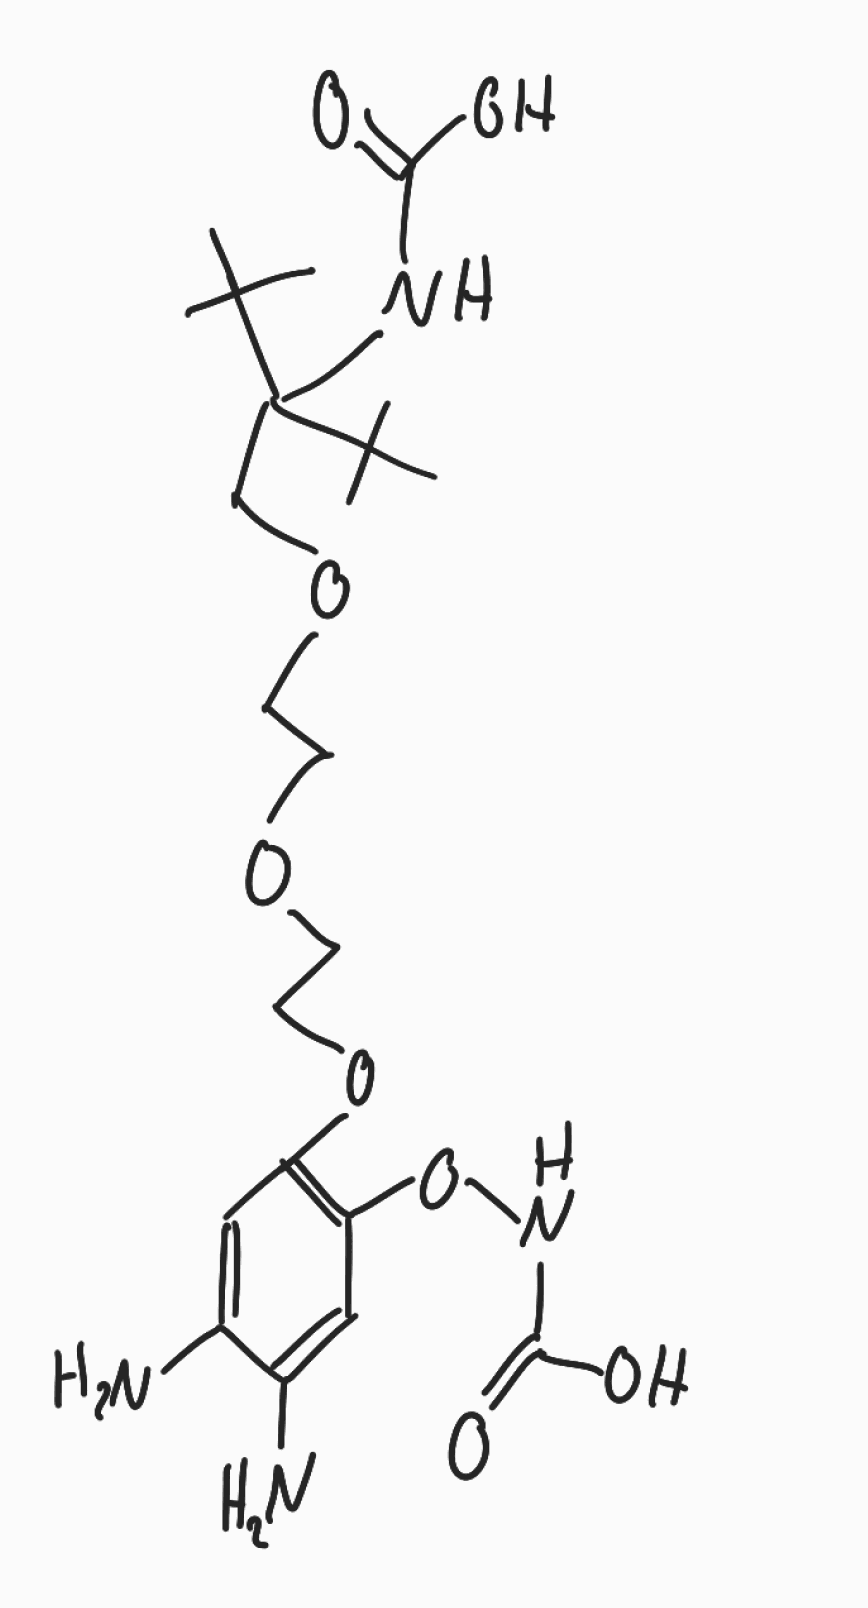
Simplified molecular-input line-entry system (SMILES) notation of the given molecule:
CC(C)(C)C(COCCOCCOC1=C(C=C(C(=C1)N)N)ONC(=O)O)(C(C)(C)C)NC(=O)O